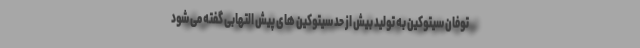
توفان سیتوکین به تولید بیش از حد سیتوکین های پیش التهابی گفته می شود